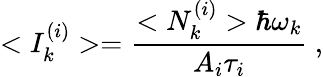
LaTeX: <I_{k}^{(i)}>=\frac{<N_{k}^{(i)}>\hbar\omega_{k}}{A_{i}\tau_{i}}\ ,